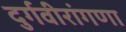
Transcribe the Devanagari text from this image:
दुर्गवीरांगणा